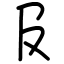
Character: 𠬝